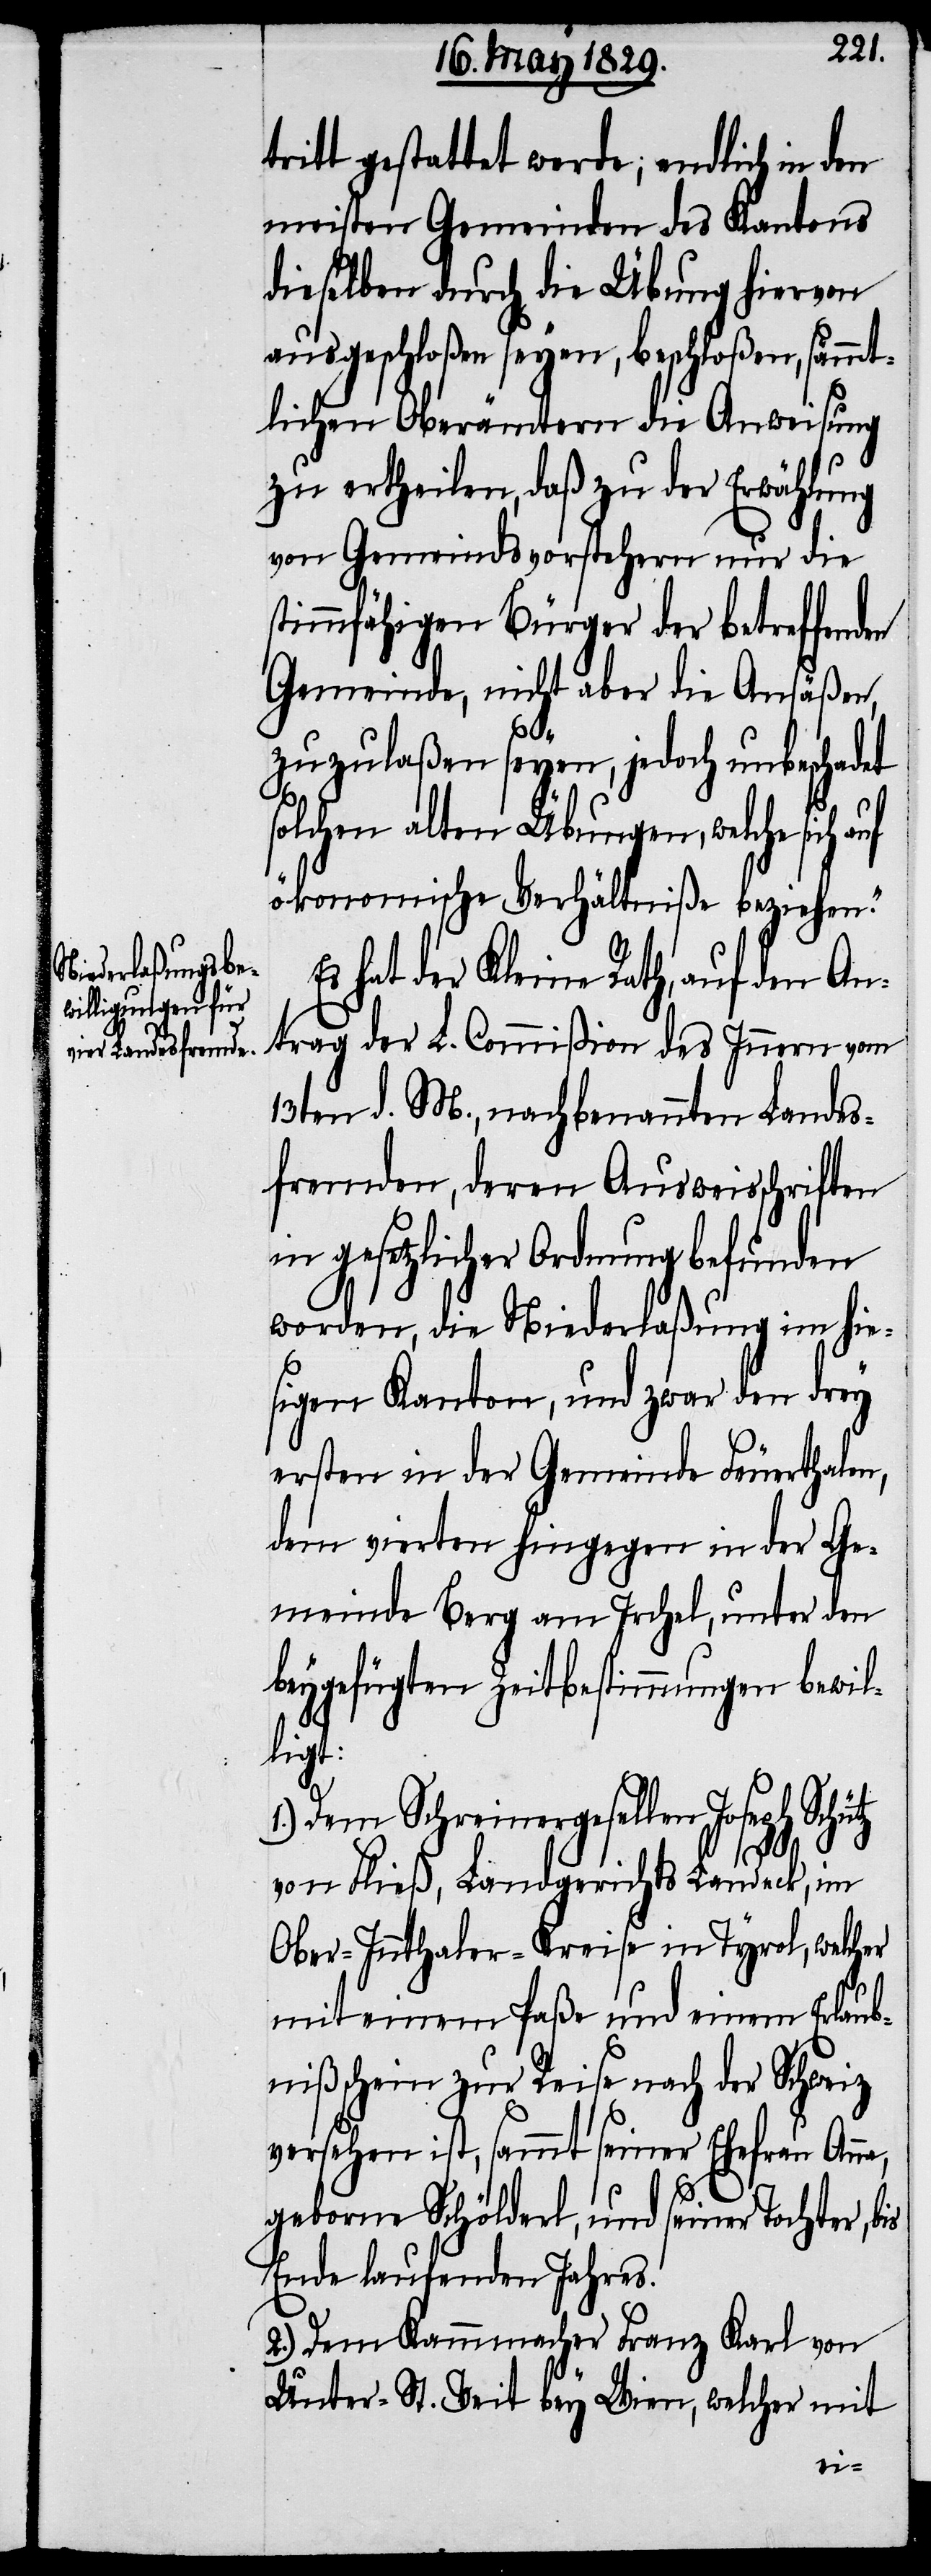
tt gestattet werde; endlich in den
meisten Gemeinden des Kantons
dieselben durch die Übung hiervon
ausgeschloßen seyen, beschloßen, sämmt¬
lichen Oberämtern die Anweisung
zu ertheilen, daß zu der Erwählung
von Gemeindsvorstehern nur die
stimmfähigen Bürger der betreffen¬
Gemeinde, nicht aber die Ansäßen,
zuzulaßen seyen, jedoch unbeschadet
solchen alten Übungen, welche sich
ökonomische Verhältniße beziehen.“
hat der Kleine Rath, auf den An¬
trag der L. Commißion des Innern vom
13ten d. M., nachbenannten Landes¬
fremden, deren Ausweisschriften
in gesetzlicher Ordnung befunden
worden, die Niederlaßung im hie¬
sigen Kanton, und zwar den drey
ersten in der Gemeinde Feuerthalen,
dem vierten hingegen in der Ge¬
meinde Berg am Irchel, unter den
beygefügten Zeitbestimmungen bewil¬
ligt:
1.) Dem Schreinergesellen Joseph Schütz
von Fließ, Landgerichts Landeck, im
Ober-Innthaler-Kreise im Tyrol, welcher
mit einem Paße und einem Erlaub¬
nißschein zur Reise nach der Schweiz
versehen ist, sammt seiner Ehefrau An¬
na,
geborne Schölderl, und seiner Tochter, bis
Ende laufenden Jahres.
2.) Dem Kammermacher Franz Karl von
Unter-St. Veit bey Wien, welcher mit
tri¬